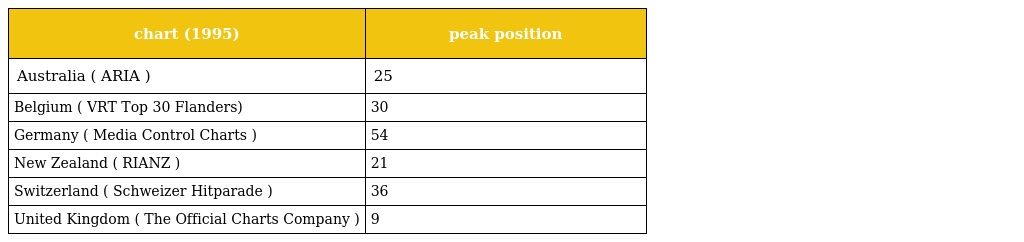
| chart (1995) | peak position |
 | --- | --- |
 | Australia ( ARIA ) | 25 |
 | Belgium ( VRT Top 30 Flanders) | 30 |
 | Germany ( Media Control Charts ) | 54 |
 | New Zealand ( RIANZ ) | 21 |
 | Switzerland ( Schweizer Hitparade ) | 36 |
 | United Kingdom ( The Official Charts Company ) | 9 |